Leaving Certificate Examination, 1912
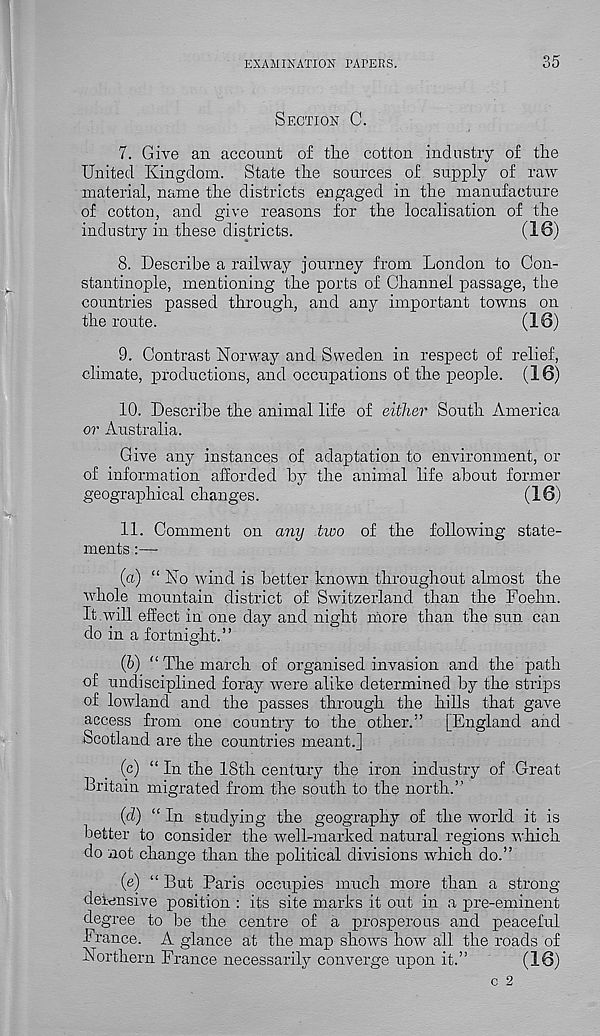
EXAMINATION PAPERS.
35
Section C.
7. Give an account of tlie cotton industry of the
United Kingdom. State the sources of supply of raw
material, name the districts engaged in the manufacture
of cotton, and give reasons for the localisation of the
industry in these districts.
(16)
8. Describe a railway journey from London to Con-
stantinople, mentioning the ports of Channel passage, the
countries passed through, and any important towns on
the route.
(16)
9. Contrast Norway and Sweden in respect of relief,
climate, productions, and occupations of the people. (16)
10. Describe the animal life of either South America
or Australia.
Give any instances of adaptation to environment, or
of information afforded by the animal life about former
geographical changes.
(16)
11. Comment on any two of the following state-
ments :—
(a) “ No wind is better known throughout almost the
whole mountain district of Switzerland than the Foehn.
It will effect in one day and night more than the sun can
do in a fortnight. ’ ’
(b) “ The march of organised invasion and the path
of undisciplined foray were alike determined by the strips
of lowland and the passes through the hills that gave
access from one country to the other.” [England and
Scotland are the countries meant.]
(c) “ In the 18th century the iron industry of Great
Britain migrated from the south to the north.”
(d) “ In studying the geography of the world it is
better to consider the well-marked natural regions which
do not change than the political divisions which do.”
(e) “ But Paris occupies much more than a strong
defensive position : its site marks it out in a pre-eminent
degree to be the centre of a prosperous and peaceful
France. A glance at the map shows how all the roads of
Northern France necessarily converge upon it.”
(16)